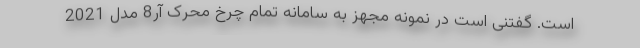
است. گفتنی است در نمونه مجهز به سامانه تمام چرخ محرک آر8 مدل 2021